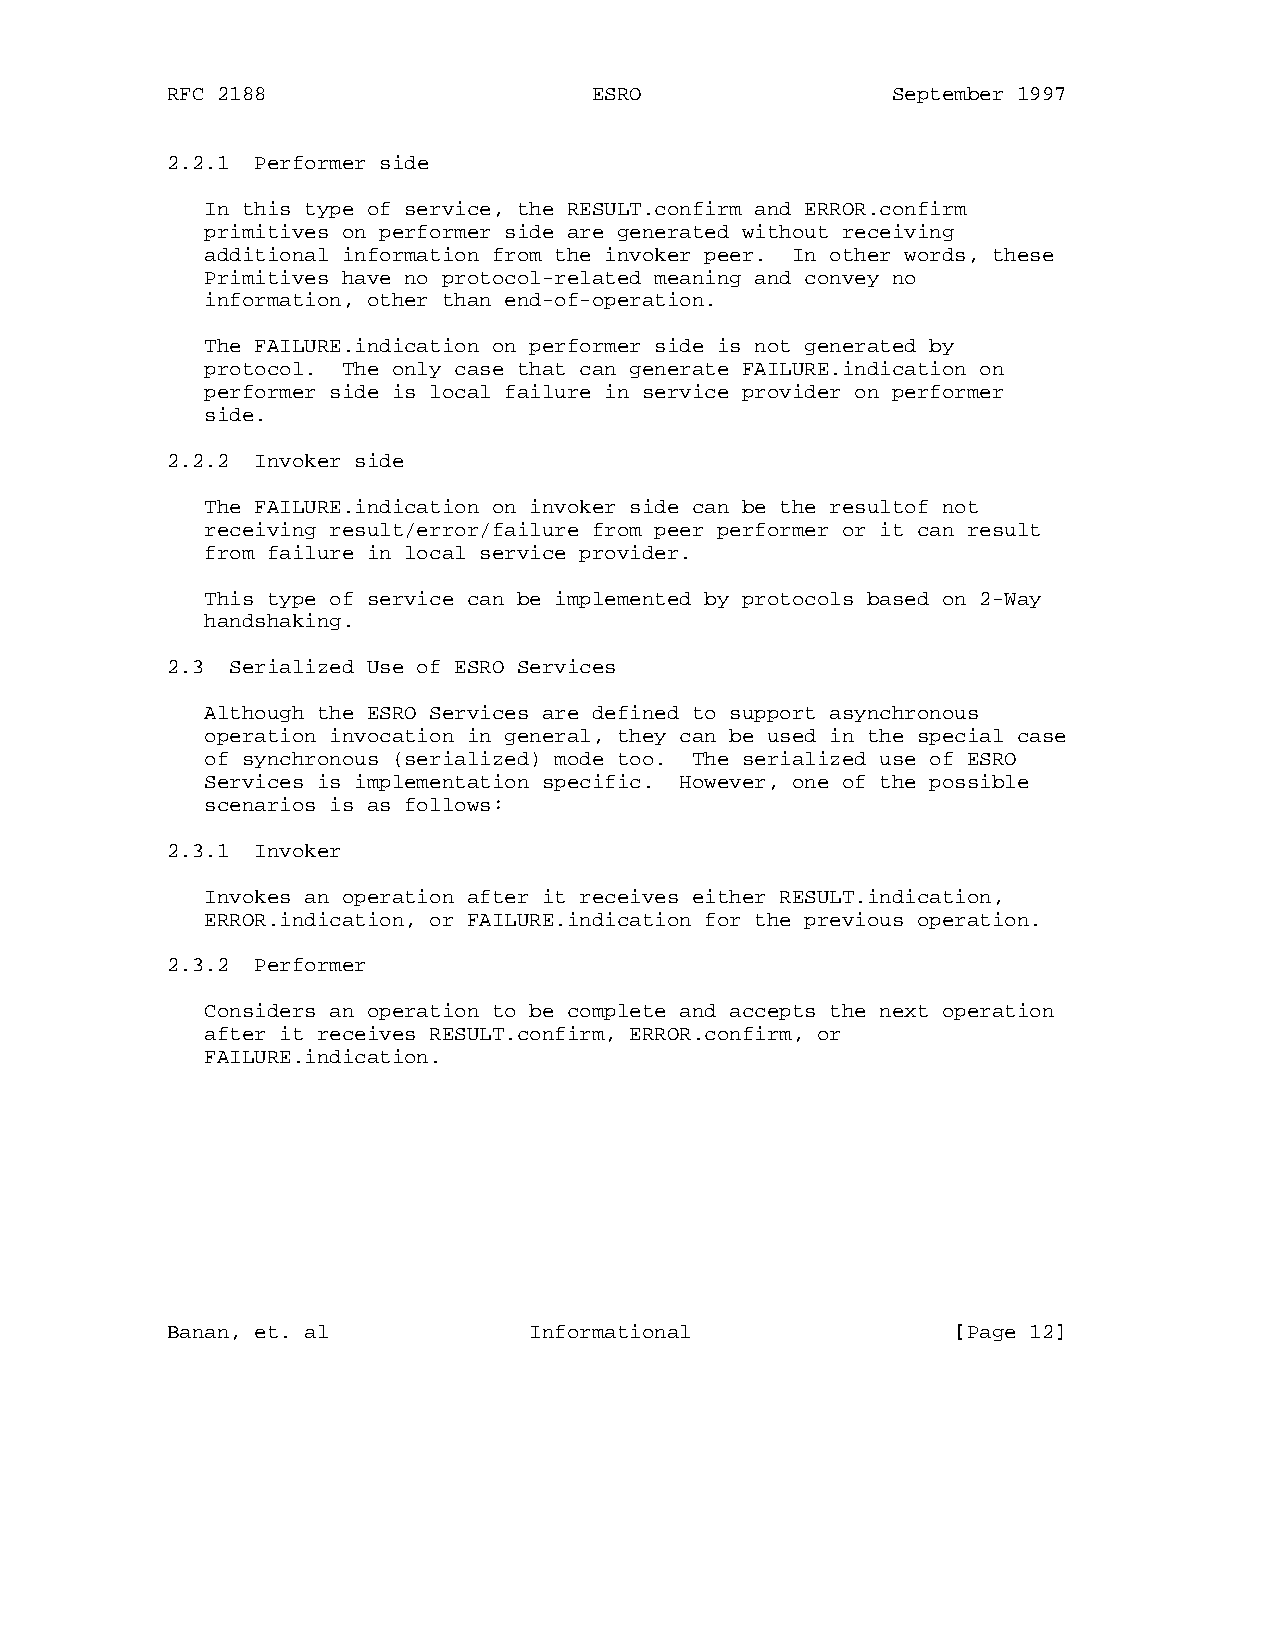
RFC 2188                    ESRO                September 1997
 2.2.1 Performer side
 In this type of service, the RESULT.confirm and ERROR.confirm
 primitives on performer side are generated without receiving
 additional information from the invoker peer. In other words, these
 Primitives have no protocol-related meaning and convey no
 information, other than end-of-operation.
 The FAILURE.indication on performer side is not generated by
 protocol. The only case that can generate FAILURE.indication on
 performer side is local failure in service provider on performer
 side.
 2.2.2 Invoker side
 The FAILURE.indication on invoker side can be the resultof not
 receiving result/error/failure from peer performer or it can result
 from failure in local service provider.
 This type of service can be implemented by protocols based on 2-Way
 handshaking.
 2.3 Serialized Use of ESRO Services
 Although the ESRO Services are defined to support asynchronous
 operation invocation in general, they can be used in the special case
 of synchronous (serialized) mode too. The serialized use of ESRO
 Services is implementation specific. However, one of the possible
 scenarios is as follows:
 2.3.1 Invoker
 Invokes an operation after it receives either RESULT.indication,
 ERROR.indication, or FAILURE.indication for the previous operation.
 2.3.2 Performer
 Considers an operation to be complete and accepts the next operation
 after it receives RESULT.confirm, ERROR.confirm, or
 FAILURE.indication.
 Banan, et. al           Informational               [Page 12]